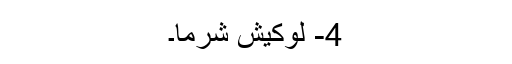
4- لوکیش شرما۔